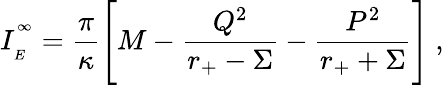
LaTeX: I_{\phantom{}_{E}}^{\phantom{}^{\infty}}=\frac{\pi}{\kappa}\Biggl[M-\frac{Q^{2}}{r_{+}-\Sigma}-\frac{P^{2}}{r_{+}+\Sigma}\Biggr]\ ,